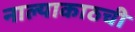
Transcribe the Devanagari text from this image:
नाल्याकाठची